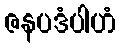
ဇနပဒံပါဟံ